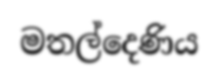
මතල්දෙණිය